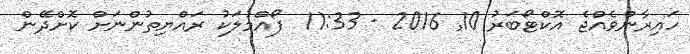
ހައިރާންވެއްޖެ އޮކްޓޯބަރު 10